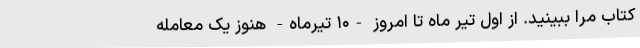
کتاب مرا ببینید. از اول تیر ماه تا امروز -۱۰ تیرماه- هنوز یک معامله